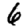
Digit: 6